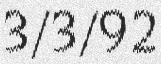
3/3/92